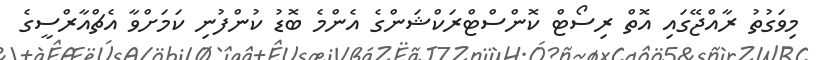
މިވަގުތު ރާއްޖޭގައި އޮތް ރިސޯޓް ކޮންސްޓްރަކްޝަންގެ އެންމެ ބޮޑު ކުންފުނި ކަމަށްވާ އެޗްއާރްސީގެ